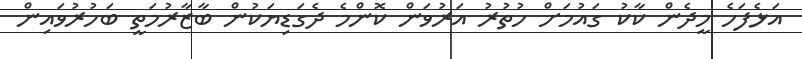
އަޅެފަހެ މީދެން ކާކު ގައުމަށް ހުތުރު އަރުވަން ކޮންމެ ދެގަޑިޔަކުން ބާޒާރުމަތީ ބަހުރުވައިން